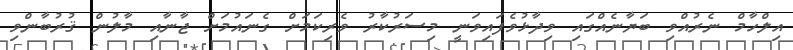
އިލްހާމް ނެރުއްވި ބަޔާނެއްގައި ވިދާޅުވެފައިވަނީ މިސަރުކާރު ވެރިކަމަށް ގެނައުމަށް ޖާނާއި މާލުން ޤުރުބާންވި